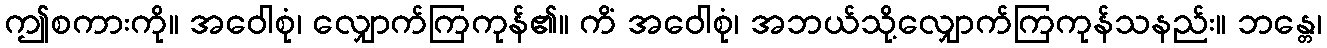
ဤစကားကို။ အဝေါစုံ၊ လျှောက်ကြကုန်၏။ ကိံ အဝေါစုံ၊ အဘယ်သို့လျှောက်ကြကုန်သနည်း။ ဘန္တေ၊